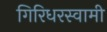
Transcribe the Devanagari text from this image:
गिरिधरस्वामी